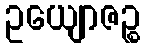
ဥယျောဇဉ္စ